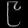
Digit: ၉